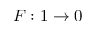
F : 1 \rightarrow 0